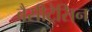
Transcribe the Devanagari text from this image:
बैसीट्रेसिन